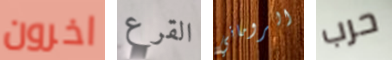
اخرون القرع الروماني حرب